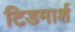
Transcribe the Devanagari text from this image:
टिडमार्श